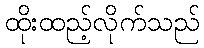
ထိုးထည့်လိုက်သည်